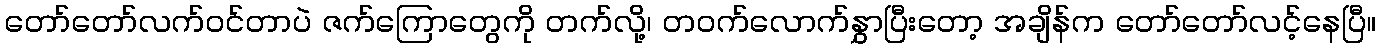
တော်တော်လက်ဝင်တာပဲ ဇက်ကြောတွေကို တက်လို့၊ တဝက်လောက်နွှာပြီးတော့ အချိန်က တော်တော်လင့်နေပြီ။